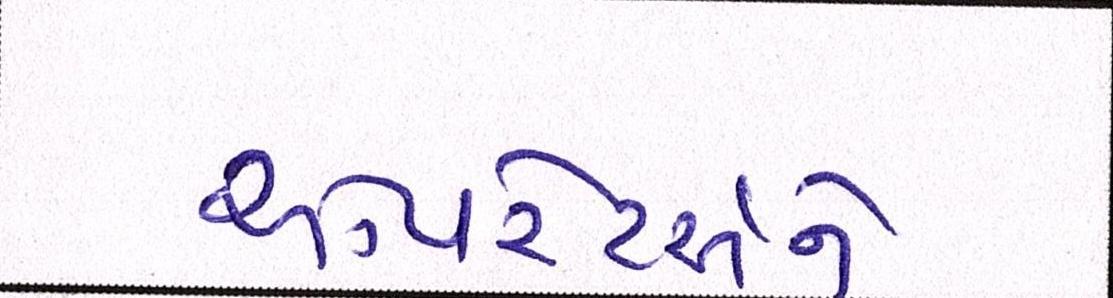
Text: ઓપરેટર્સને